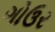
ગોઉર